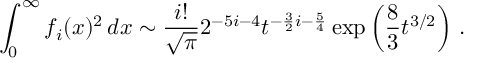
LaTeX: \int _ { 0 } ^ { \infty } f _ { i } ( x ) ^ { 2 } \, d x \sim { \frac { i ! } { \sqrt \pi } } 2 ^ { - 5 i - 4 } t ^ { - { \frac { 3 } { 2 } } i - { \frac { 5 } { 4 } } } \exp \left( { \frac { 8 } { 3 } } t ^ { 3 / 2 } \right) \, .